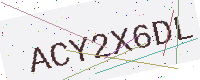
Text: ACY2X6DL